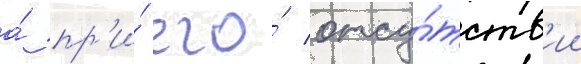
а́ пр'и́ его́ отсу́тств'ии